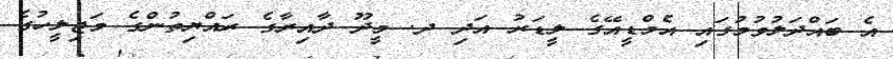
އެ ބައްދަލުވުމުގައި އެމްޑީއޭގެ ލީޑަރު އަދި ދ. މީދޫ ދާއިރާގެ ރައްޔިތުންގެ މަޖިލީހުގެ